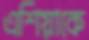
এশিয়াকে